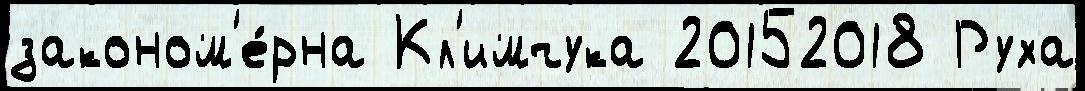
законом'е́рна Кл'имчука 20152018 Руха